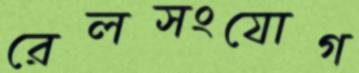
রেলসংযোগ